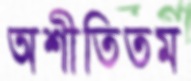
অশীতিতম